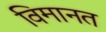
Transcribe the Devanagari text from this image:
विमानत